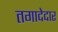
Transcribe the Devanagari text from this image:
तगादेदार